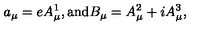
a _ { \mu } = e A _ { \mu } ^ { 1 } , \mathrm { a n d } B _ { \mu } = A _ { \mu } ^ { 2 } + i A _ { \mu } ^ { 3 } ,